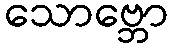
သောဗ္ဘော